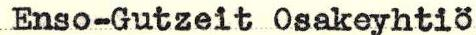
Enso-Gutzeit Osakeyhtiö